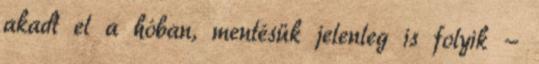
akadt el a hóban, mentésük jelenleg is folyik -